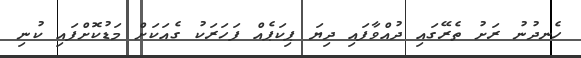
ހެނދުނު ރަށު ތެރޭގައި ދުއްވާފައި ދިޔަ ޕިކަޕެއް ފަހަރަކު ގެއަކަށް މަޑުކޮށްފައި ކުނި